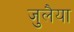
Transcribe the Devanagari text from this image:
जुलैया